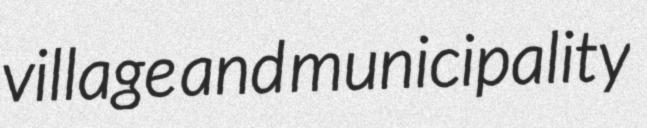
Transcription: village and municipality